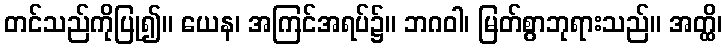
တင်သည်ကိုပြု၍။ ယေန၊ အကြင်အရပ်၌။ ဘဂဝါ၊ မြတ်စွာဘုရားသည်။ အတ္ထိ၊